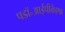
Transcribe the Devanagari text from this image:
पडॉ॰आईपीकेएफ